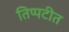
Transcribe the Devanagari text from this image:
तिप्पटीत